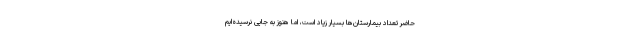
حاضر تعداد بیمارستان‌ها بسیار زیاد است، اما هنوز به جایی نرسیده‌ایم